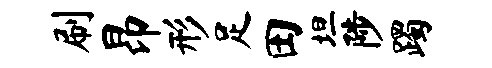
刷昂形足田坦陟躅